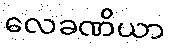
လေခဏိယာ